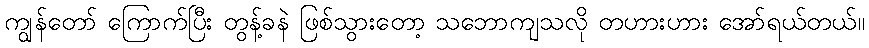
ကျွန်တော် ကြောက်ပြီး တွန့်ခနဲ ဖြစ်သွားတော့ သဘောကျသလို တဟားဟား အော်ရယ်တယ်။